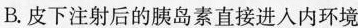
A.内环境由细胞内液和细胞外液组成 (